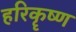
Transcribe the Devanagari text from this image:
हरिकॄष्ण